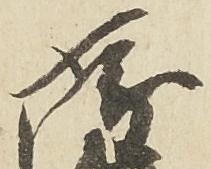
孝